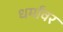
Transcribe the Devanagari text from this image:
धर्मांवर